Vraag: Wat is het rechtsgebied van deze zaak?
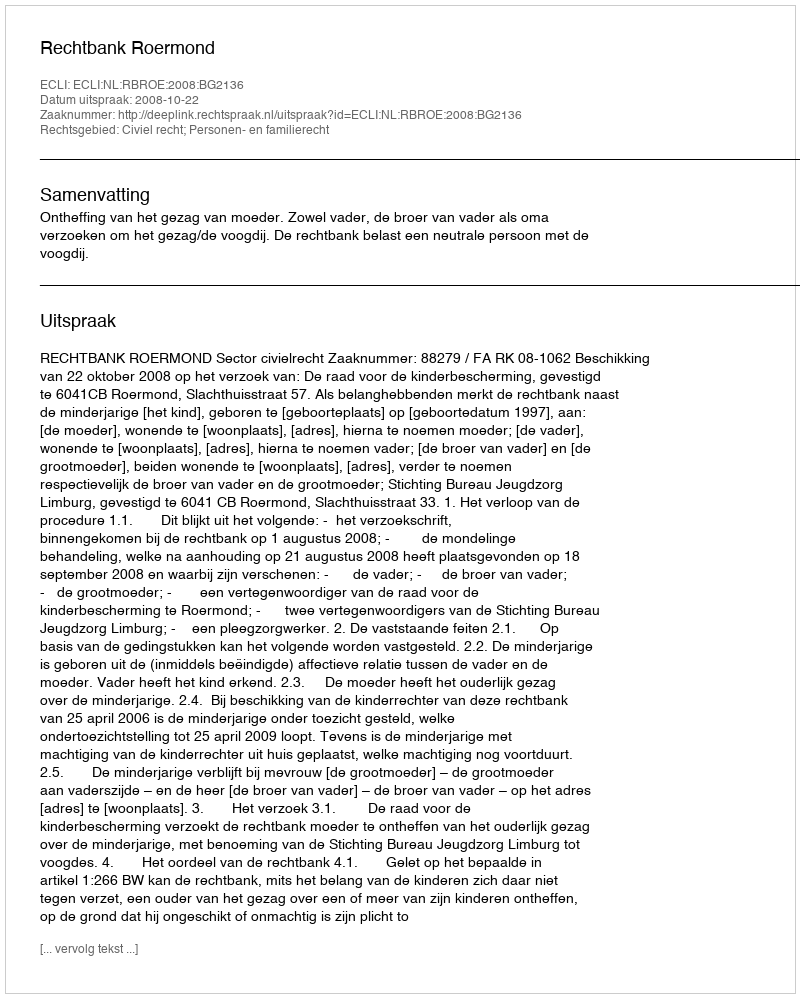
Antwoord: Civiel recht; Personen- en familierecht